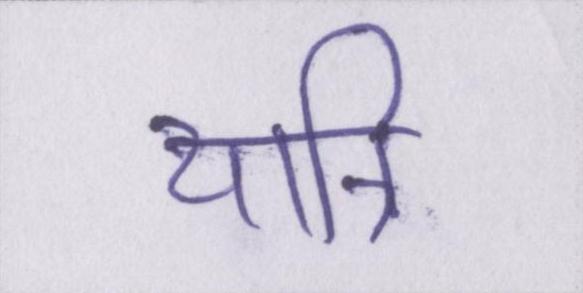
यात्रि